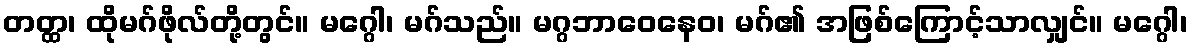
တတ္ထ၊ ထိုမဂ်ဖိုလ်တို့တွင်။ မဂ္ဂေါ၊ မဂ်သည်။ မဂ္ဂဘာဝေနေဝ၊ မဂ်၏ အဖြစ်ကြောင့်သာလျှင်။ မဂ္ဂေါ၊